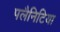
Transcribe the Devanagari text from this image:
पलैनिटिया